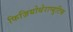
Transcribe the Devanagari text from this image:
फिज़ियोथेराप्यूटिक